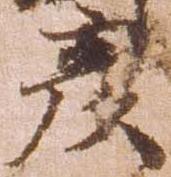
彦